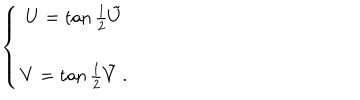
\left\{ \begin{array} { c } { { U = \tan { \frac { 1 } { 2 } } \tilde { U } \nonumber } } \\ { { V = \tan { \frac { 1 } { 2 } } \tilde { V } \; . } } \\ \end{array} \right.